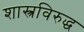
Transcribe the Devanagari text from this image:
शास्त्रविरुद्ध